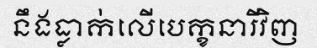
នឹងធ្លាក់លើបេក្ខនារីវិញ